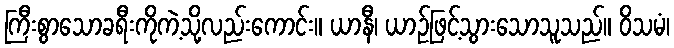
ကြီးစွာသောခရီးကိုကဲ့သို့လည်းကောင်း။ ယာနီ၊ ယာဉ်ဖြင့်သွားသောသူသည်။ ဝိသမံ၊